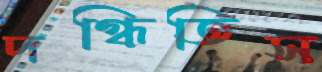
দগ্ধিতিস